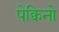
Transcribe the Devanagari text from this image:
पेक्विनो